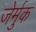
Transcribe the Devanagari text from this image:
जेर्मुक